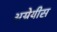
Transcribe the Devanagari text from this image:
अग्नेयीस